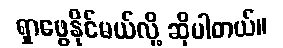
ရှာဖွေနိုင်မယ်လို့ ဆိုပါတယ်။